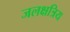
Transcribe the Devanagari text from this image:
जलक्षत्रिय